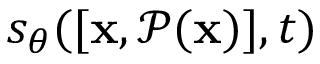
s _ { \theta } ( [ \mathbf { x } , \mathcal { P ( \mathbf { x } ) } ] , t )